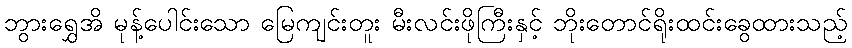
ဘွားရွှေအိ မုန့်ပေါင်းသော မြေကျင်းတူး မီးလင်းဖိုကြီးနှင့် ဘိုးတောင်ရိုးထင်းခွေထားသည့်